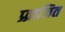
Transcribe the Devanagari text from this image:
प्र्व्राजित